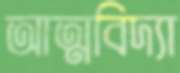
আত্মবিদ্যা